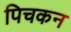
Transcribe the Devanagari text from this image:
पिचकन